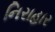
નિરાહાર